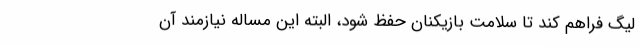
لیگ فراهم کند تا سلامت بازیکنان حفظ شود، البته این مساله نیازمند آن